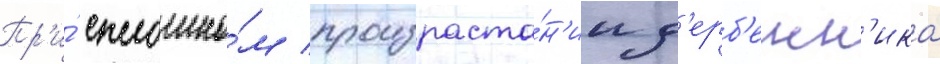
Пр'и́ сплошно́м произраста́н'ии д'ерб'енн'ика